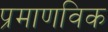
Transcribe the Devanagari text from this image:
प्रमाणविक